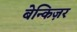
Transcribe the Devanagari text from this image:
बेन्किज़र